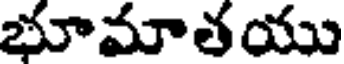
భూమాతయు